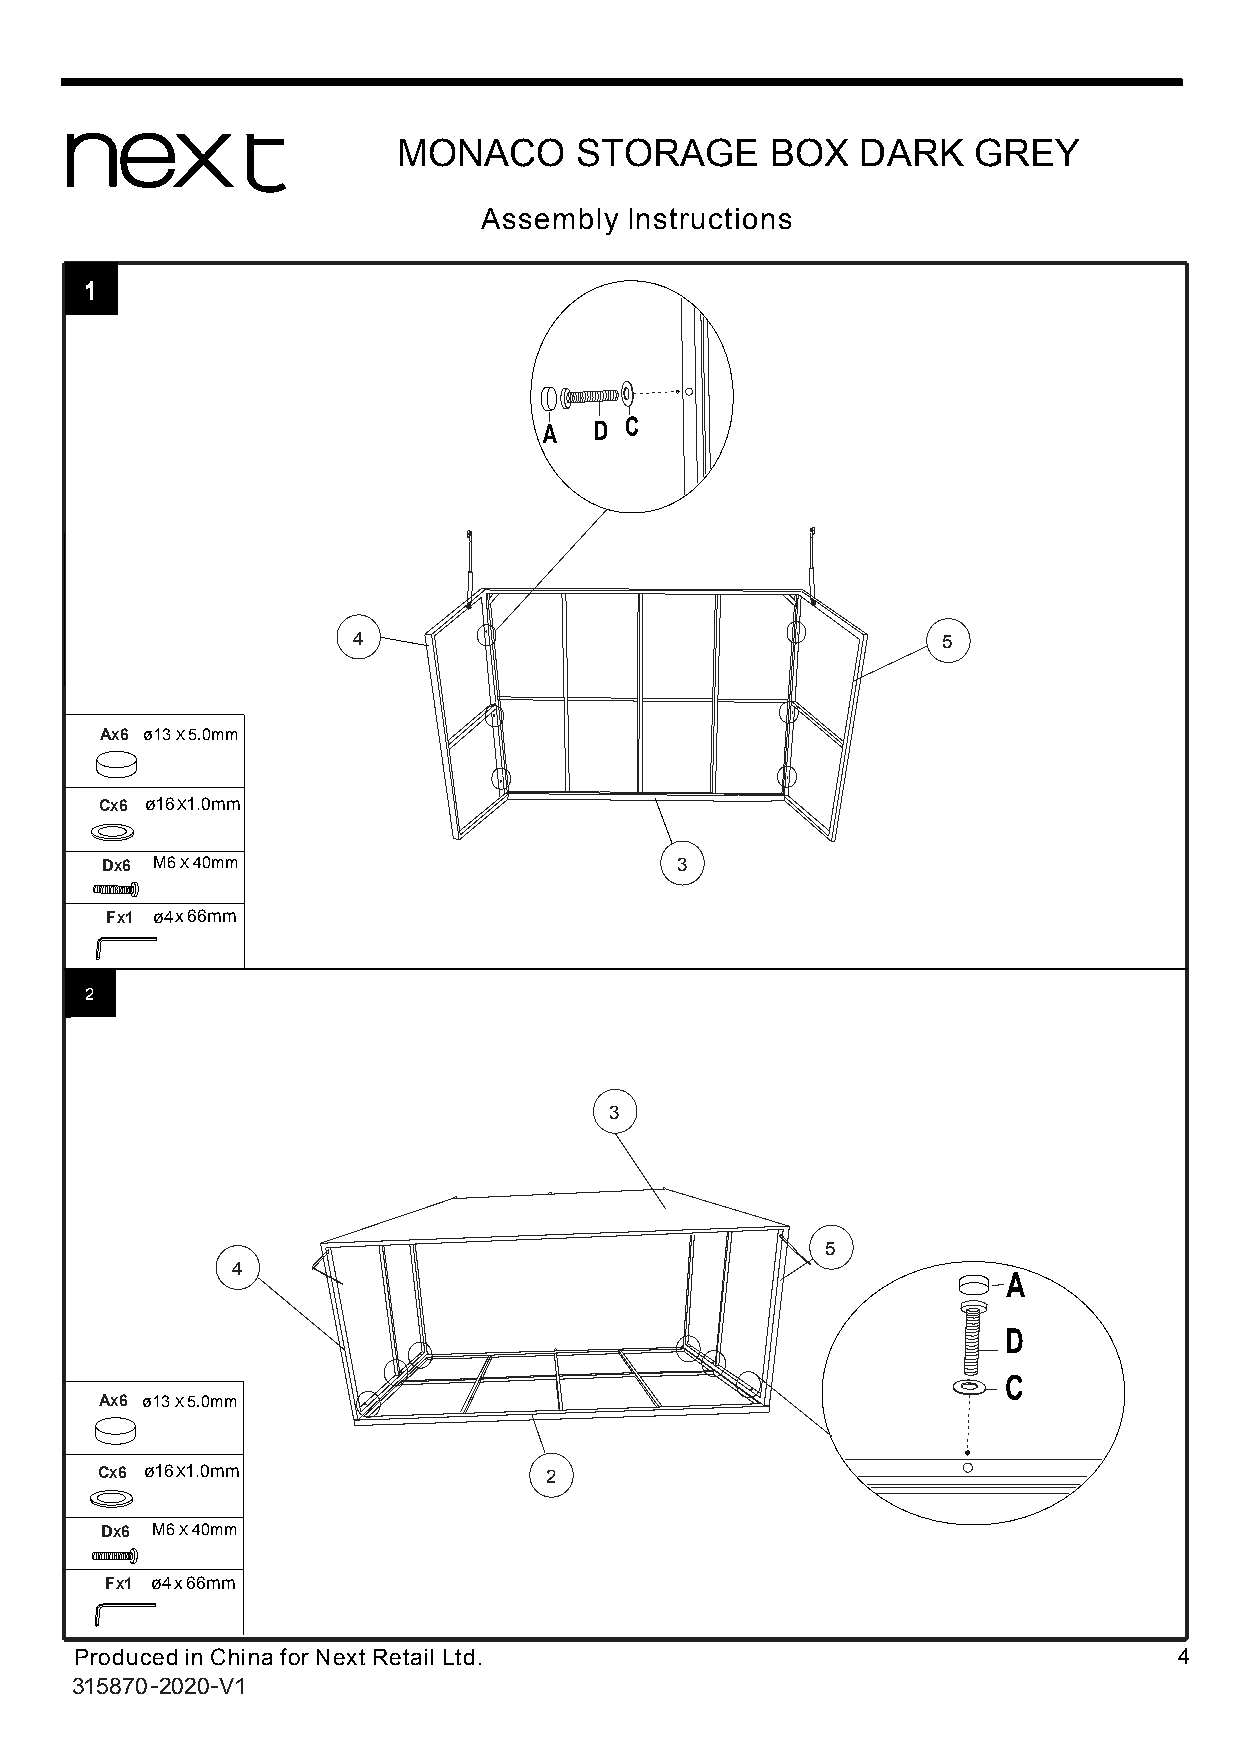
MONACO      STORAGE      BOX   DARK   GREY
 Assembly Instructions
 1
 D C
 4                                      5
 AX6 ø13 X 5.0mm
 CX6 ø16 X 1.0mm
 DX6 M6 X 40mm                         3
 FX1 ø4 x 66mm
 2
 3
 5
 4
 D
 C
 AX6 ø13 X 5.0mm
 CX6 ø16 X 1.0mm               2
 DX6 M6 X 40mm
 FX1 ø4 x 66mm
 Produced in China for Next Retail Ltd.                                   4
 315870-2020-V1
 A
 A